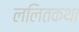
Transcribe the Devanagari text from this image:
ललितकथा